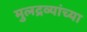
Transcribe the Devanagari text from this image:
मुलद्रव्यांच्या